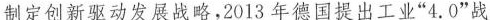
制定创新驱动发展战略，2013年德国提出工业”4.0”战